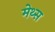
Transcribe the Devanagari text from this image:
मेथ्स